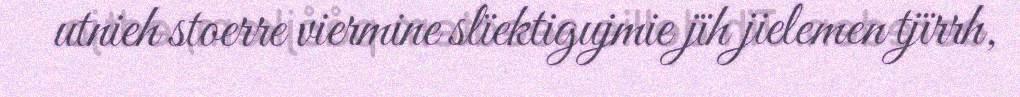
utnieh stoerre viermine slïektigujmie jïh jielemen tjïrrh,